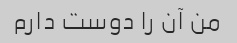
من آن را دوست دارم